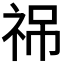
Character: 𥙙